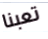
تعبنا